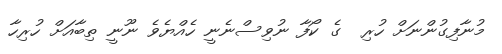
މުނާފިގުންނަށް ހުރި  ގެ ކޯފާ ނުވިސްނެނީ ހެއްޔެވެ ނޫނީ ތިބާއަށް ހުރިހާ